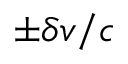
\pm \delta v / c